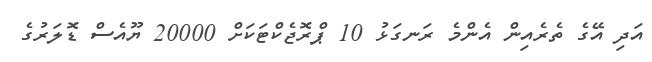
އަދި އޭގެ ތެރެއިން އެންމެ ރަނގަޅު 10 ޕްރޮޖެކްޓަކަށް 20000 ޔޫއެސް ޑޮލަރުގެ